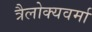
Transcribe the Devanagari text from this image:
त्रैलोक्यवर्मा